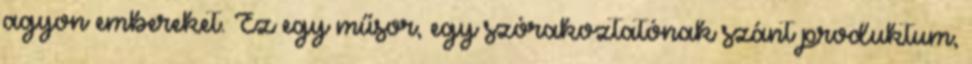
agyon embereket. Ez egy műsor, egy szórakoztatónak szánt produktum,